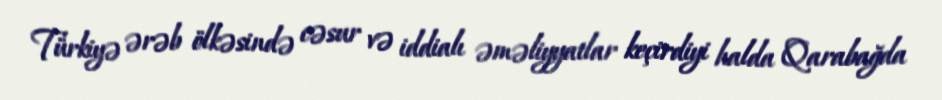
Türkiyə ərəb ölkəsində cəsur və iddialı əməliyyatlar keçirdiyi halda Qarabağda